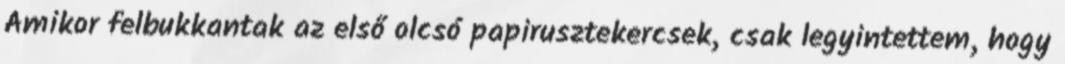
Amikor felbukkantak az első olcsó papirusztekercsek, csak legyintettem, hogy